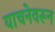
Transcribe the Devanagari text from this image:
याचनेवरून